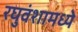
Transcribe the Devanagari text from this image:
रघुवंशामध्ये